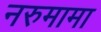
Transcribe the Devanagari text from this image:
नरुमामा